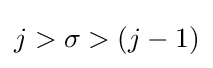
j>\sigma >\left(j-1\right)